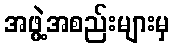
အဖွဲ့အစည်းများမှ